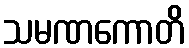
သမဏကောတိ